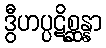
ဒွီဟပ္ပဋိစ္ဆန္နာ